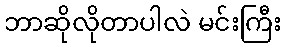
ဘာဆိုလိုတာပါလဲ မင်းကြီး